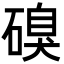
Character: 𮀹